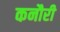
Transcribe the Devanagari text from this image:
कनौरी